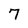
Character: 7